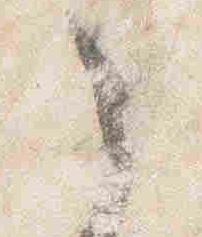
之